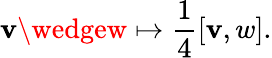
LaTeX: \mathbf{v}\wedgew\mapsto{\frac{{1}}{{4}}}[\mathbf{v},w].